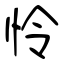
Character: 怜